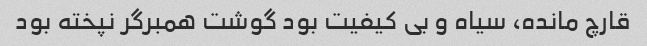
قارچ مانده، سیاه و بی کیفیت بود گوشت همبرگر نپخته بود